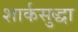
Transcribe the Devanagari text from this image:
शार्कसुद्धा